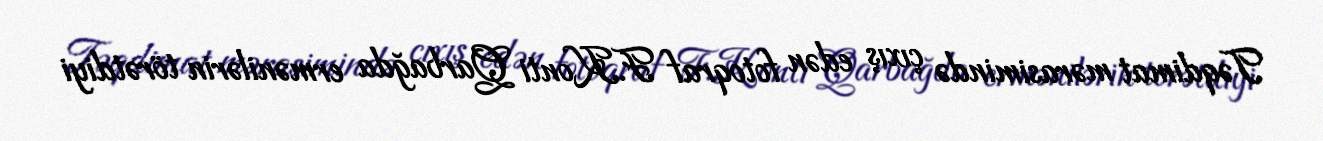
Təqdimat mərasimində çıxış edən fotoqraf F.Konti Qarbağda ermənilərin törətdiyi